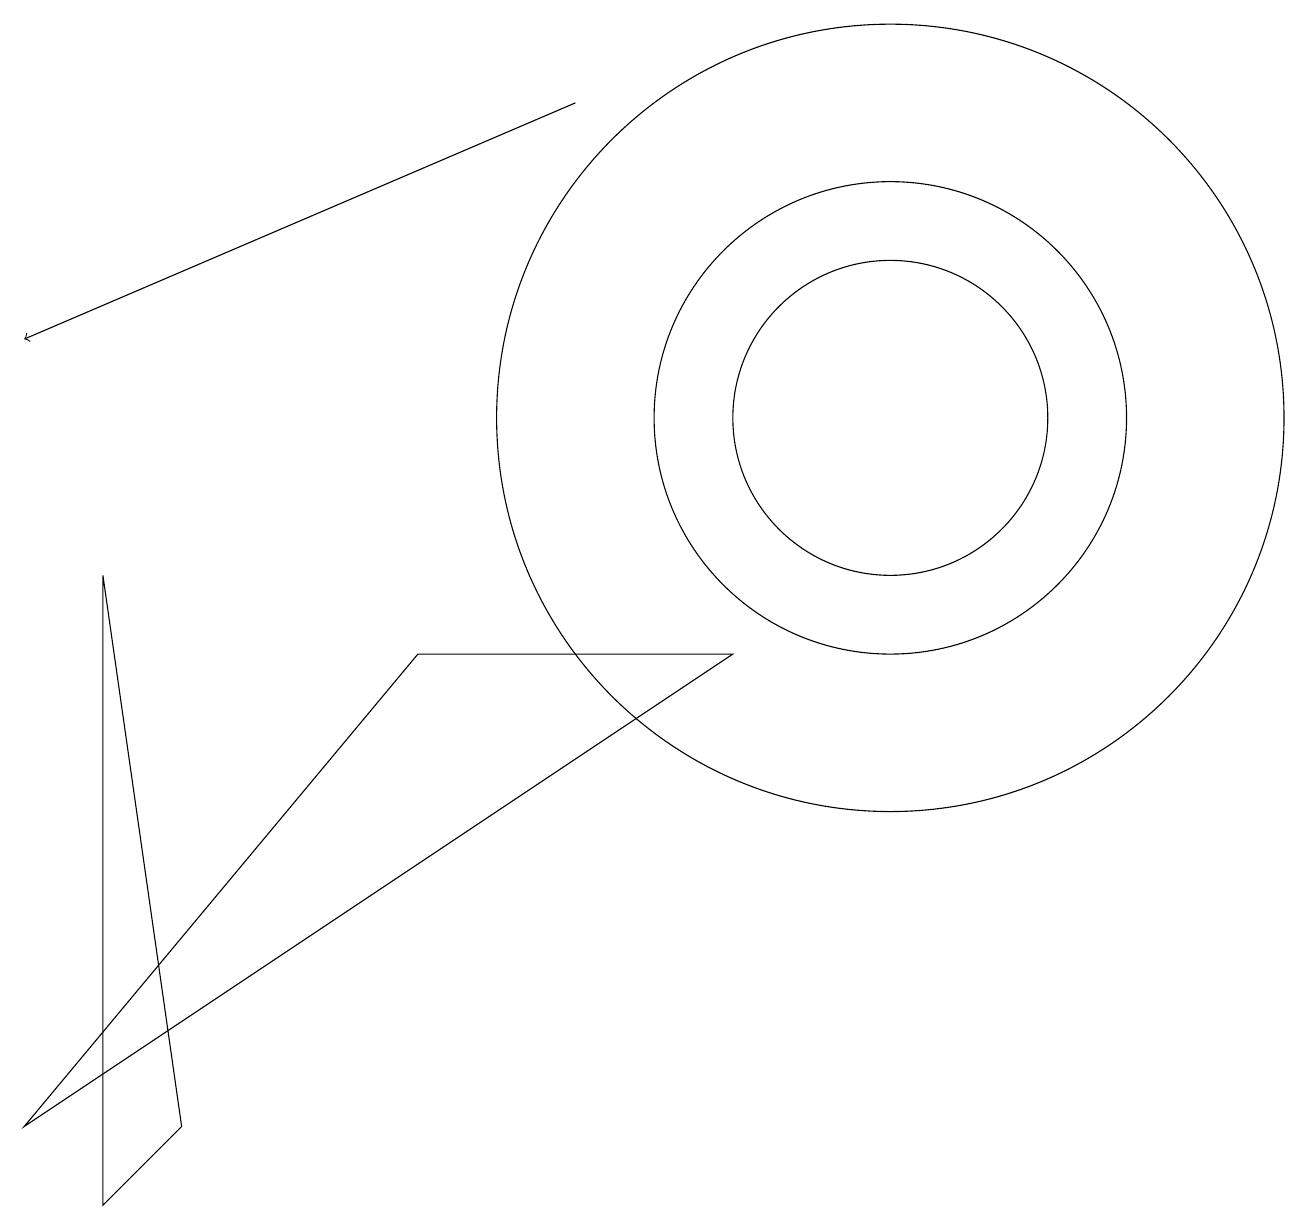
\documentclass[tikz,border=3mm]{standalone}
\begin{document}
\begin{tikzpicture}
\draw (9,7) -- (0,1) -- (5,7) -- cycle;
\draw (11,10) circle (5);
\draw[->] (7,14) -- (0,11);
\draw (1,0) -- (2,1) -- (1,8) -- cycle;
\draw (11,10) circle (2);
\draw (11,10) circle (3);
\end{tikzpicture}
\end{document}